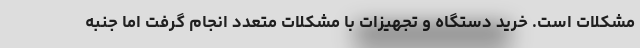
مشکلات است. خرید دستگاه و تجهیزات با مشکلات متعدد انجام گرفت اما جنبه